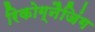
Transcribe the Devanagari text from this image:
रिकोग्नैजिंग